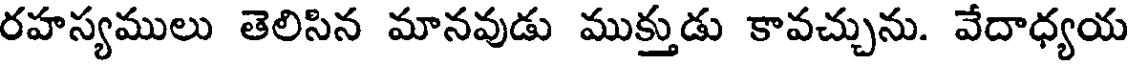
రహస్యములు తెలిసిన మానవుడు ముక్తుడు కావచ్చును. వేదాధ్యయ